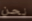
نحن